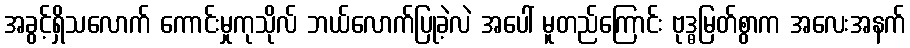
အခွင့်ရှိသလောက် ကောင်းမှုကုသိုလ် ဘယ်လောက်ပြုခဲ့လဲ အပေါ် မူတည်ကြောင်း ဗုဒ္ဓမြတ်စွာက အလေးအနက်